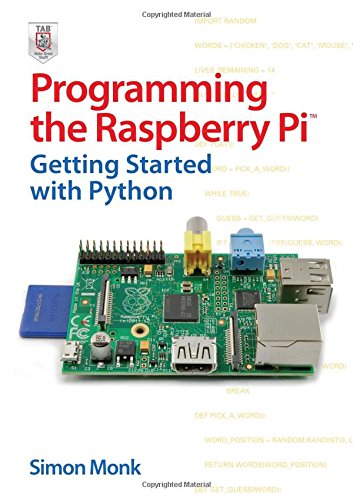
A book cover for Programming the Raspberry Pi: Getting Started with Python; Simon Monk; Computers & Technology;